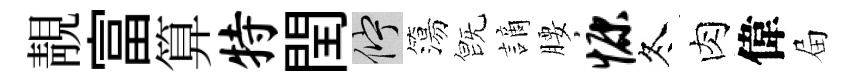
靚富算特閏伫簜旣謫腰慷冬肉偉屇